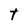
Character: t